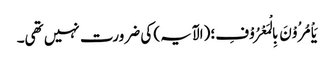
یَاْمُرُوْنَ بِالْمَعْرُوْفِ؛ (الآیہ) کی ضرورت نہیں تھی۔